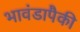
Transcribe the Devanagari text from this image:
भावंडापैकी